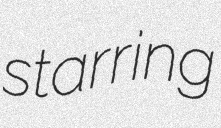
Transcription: starring